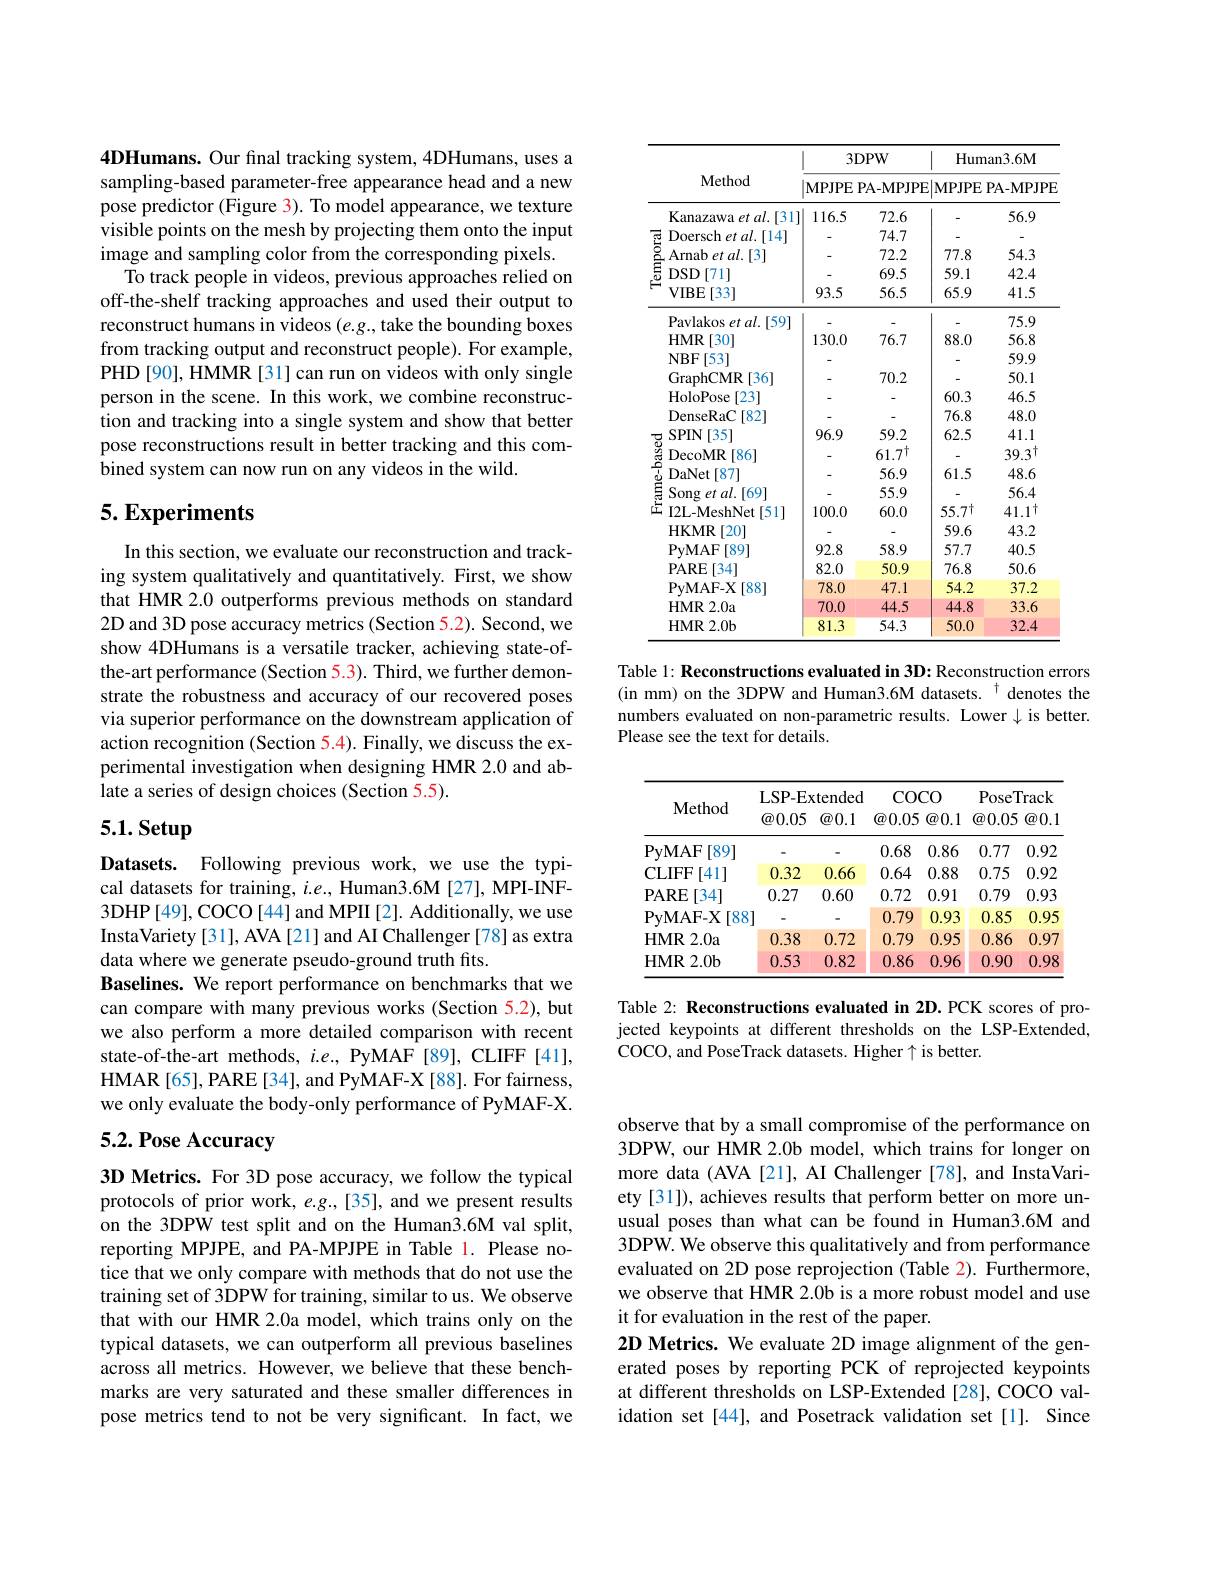
4DHumans. Our final tracking system, 4DHumans, uses a sampling-based parameter-free appearance head and a new pose predictor (Figure 3). To model appearance, we texture visible points on the mesh by projecting them onto the input image and sampling color from the corresponding pixels.
To track people in videos, previous approaches relied on off-the-shelf tracking approaches and used their output to reconstruct humans in videos $(e.g.$,take the bounding boxes from tracking output and reconstruct people). For example, PHD [90], HMMR [31] can run on videos with only single person in the scene. In this work, we combine reconstruction and tracking into a single system and show that better pose reconstructions result in better tracking and this combined system can now run on any videos in the wild.

## $5. \textbf{Experiments}$

In this section, we evaluate our reconstruction and tracking system qualitatively and quantitatively. First, we show that HMR 2.0 outperforms previous methods on standard 2D and 3D pose accuracy metrics (Section 5.2). Second, we show 4DHumans is a versatile tracker, achieving state-ofthe-art performance (Section 5.3). Third, we further demonstrate the robustness and accuracy of our recovered poses via superior performance on the downstream application of action recognition (Section 5.4). Finally, we discuss the experimental investigation when designing HMR 2.0 and ablate a series of design choices (Section 5.5).

# 5.1. Setup

Datasets. Following previous work, we use the typical datasets for training, $i.e.$, Human3.6M [27], MPI-INF- 3DHP[49],COCO[44] and MPII[2]. Additionally, we use InstaVariety [31], AVA [21] and AI Challenger [78] as extra data where we generate pseudo-ground truth fits.
Baselines. We report performance on benchmarks that we can compare with many previous works (Section 5.2), but we also perform a more detailed comparison with recent state-of-the-art methods, $i.e.$, PyMAF[89], CLIFF[41], HMAR[65], PARE[34], and PyMAF-X[88]. For fairness, we only evaluate the body-only performance of PyMAF-X.

# 5.2. Pose Accuracy

3D Metrics. For 3D pose accuracy, we follow the typical protocols of prior work, $e.g.,[35]$, and we present results on the 3DPW test split and on the Human3.6M val split, reporting MPJPE, and PA-MPJPE in Table 1. Please notice that we only compare with methods that do not use the training set of 3DPW for training, similar to us. We observe that with our HMR 2.0a model, which trains only on the typical datasets, we can outperform all previous baselines across all metrics. However, we believe that these benchmarks are very saturated and these smaller differences in pose metrics tend to not be very significant. In fact, we

<table>
	<tbody>
		<tr>
			<th rowspan="2">Method</th>
			<th colspan="2">$3DPW$</th>
			<th colspan="2">Human3.6M</th>
		</tr>
		<tr>
			<th colspan="4">|MPJPE PA-MPJPE|MPJPE PA-MPJPE</th>
		</tr>
		<tr>
			<td>Kanazawa et al.[31]</td>
			<td>116.5</td>
			<td>72.6</td>
			<td> </td>
			<td>56.9</td>
		</tr>
		<tr>
			<td>Doersch et al.「14</td>
			<td> </td>
			<td>74.7</td>
			<td> </td>
			<td> </td>
		</tr>
		<tr>
			<td>$\operatorname{Arnab}etal.[3]$</td>
			<td> </td>
			<td>72.2</td>
			<td>77.8</td>
			<td>54.3</td>
		</tr>
		<tr>
			<td>$DSD$ )[71]</td>
			<td> </td>
			<td>69.5</td>
			<td>59.1</td>
			<td>42.4</td>
		</tr>
		<tr>
			<td>$VIBE$ $\exists[33]$</td>
			<td>93.5</td>
			<td>56.5</td>
			<td>65.9</td>
			<td>41.5</td>
		</tr>
		<tr>
			<td>Pavlakos et al.[59]</td>
			<td> </td>
			<td> </td>
			<td> </td>
			<td>75.9</td>
		</tr>
		<tr>
			<td>[30] HMR</td>
			<td>130.0</td>
			<td>76.7</td>
			<td>88.0</td>
			<td>56.8</td>
		</tr>
		<tr>
			<td>$NBF$ [53]</td>
			<td> </td>
			<td> </td>
			<td> </td>
			<td>59.9</td>
		</tr>
		<tr>
			<td>GraphCMR [36]</td>
			<td>-</td>
			<td>70.2</td>
			<td> </td>
			<td>50.1</td>
		</tr>
		<tr>
			<td>HoloPose [23]</td>
			<td>-</td>
			<td> </td>
			<td>60.3</td>
			<td>46.5</td>
		</tr>
		<tr>
			<td>DenseRaC [82]</td>
			<td>-</td>
			<td> </td>
			<td>76.8</td>
			<td>48.0</td>
		</tr>
		<tr>
			<td>$SPIN$ [35]</td>
			<td>96.9</td>
			<td>59.2</td>
			<td>62.5</td>
			<td>41.1</td>
		</tr>
		<tr>
			<td>DecoMR [86]</td>
			<td> </td>
			<td>$61.7^{\dagger}$</td>
			<td> </td>
			<td>$39.3^{\dagger}$</td>
		</tr>
		<tr>
			<td>DaNet [87]</td>
			<td> </td>
			<td>56.9</td>
			<td>61.5</td>
			<td>48.6</td>
		</tr>
		<tr>
			<td>$\operatorname { Song} \textit{et al. [ 69] }$</td>
			<td> </td>
			<td>55.9</td>
			<td> </td>
			<td>56.4</td>
		</tr>
		<tr>
			<td>I2L- MeshNet [51]</td>
			<td>100.0</td>
			<td>60.0</td>
			<td>$55.7^{\dagger}$</td>
			<td>$41.1^{\dagger}$</td>
		</tr>
		<tr>
			<td>HKMR [20]</td>
			<td>-</td>
			<td> </td>
			<td>59.6</td>
			<td>43.2</td>
		</tr>
		<tr>
			<td>PyMAF [89]</td>
			<td>92.8</td>
			<td>58.9</td>
			<td>57.7</td>
			<td>40.5</td>
		</tr>
		<tr>
			<td>PARE [34]</td>
			<td>82.0</td>
			<td>50.9</td>
			<td>76.8</td>
			<td>50.6</td>
		</tr>
		<tr>
			<td>PyMAF- X [88]</td>
			<td>78.0</td>
			<td>47.1</td>
			<td>54.2</td>
			<td>37.2</td>
		</tr>
		<tr>
			<td>HMR2. 0a</td>
			<td>70.0</td>
			<td>44.5</td>
			<td>44.8</td>
			<td>33.6</td>
		</tr>
		<tr>
			<td>HMR2. 0b</td>
			<td>81.3</td>
			<td>54.3</td>
			<td>50.0</td>
			<td>32.4</td>
		</tr>
	</tbody>
</table>

Table 1: Reconstructions evaluated in 3D: Reconstruction errors (in mm) on the 3DPW and Human3.6M datasets. $^{\dagger}$ denotes the numbers evaluated on non-parametric results. Lower $\downarrow$ is better. Please see the text for details.

<table>
	<tbody>
		<tr>
			<th>$\mathbf{Method}$</th>
			<th>LSP- Ex $\textcircled{a}0.05$</th>
			<th>xtended $\textcircled{a}0.1$</th>
			<th>CO $\textcircled{a}0.05$</th>
			<th>$CO$ $\textcircled{a}0.1$</th>
			<th>PoseT $\textcircled{a}0.05$</th>
			<th>$\Gamma rack$ $\textcircled{a}0.1$</th>
		</tr>
		<tr>
			<td>$\mathbf{PyMAF}$ [89]</td>
			<td>-</td>
			<td> </td>
			<td>0.68</td>
			<td>0.86</td>
			<td>0.77</td>
			<td>0.92</td>
		</tr>
		<tr>
			<td>[41] CLIFF</td>
			<td>0.32</td>
			<td>0.66</td>
			<td>0.64</td>
			<td>0.88</td>
			<td>0.75</td>
			<td>0.92</td>
		</tr>
		<tr>
			<td>$\mathbf{PARE}$ [34]</td>
			<td>0.27</td>
			<td>0.60</td>
			<td>0.72</td>
			<td>0.91</td>
			<td>0.79</td>
			<td>0.93</td>
		</tr>
		<tr>
			<td>$\mathbf{PyMAF-X}$ [88</td>
			<td>l</td>
			<td>-</td>
			<td>0.79</td>
			<td>0.93</td>
			<td>0.85</td>
			<td>0.95</td>
		</tr>
		<tr>
			<td>$HMR$ :2.0a </td>
			<td>0.38</td>
			<td>0.72</td>
			<td>0.79</td>
			<td>0.95</td>
			<td>0.86</td>
			<td>0.97</td>
		</tr>
		<tr>
			<td>HMR $2.0\mathbf{b}$</td>
			<td>0.53</td>
			<td>0.82</td>
			<td>0.86</td>
			<td>0.96</td>
			<td>0.90</td>
			<td>0.98</td>
		</tr>
	</tbody>
</table>

Table 2: Reconstructions evaluated in 2D. PCK scores of projected keypoints at different thresholds on the LSP-Extended, COCO, and PoseTrack datasets. Higher $\uparrow$ is better.

observe that by a small compromise of the performance on 3DPW, our HMR 2.0b model, which trains for longer on more data (AVA[21], AI Challenger [78], and InstaVariety [31]), achieves results that perform better on more unusual poses than what can be found in Human3.6M and 3DPW. We observe this qualitatively and from performance evaluated on 2D pose reprojection (Table 2). furthermore, we observe that HMR 2.0b is a more robust model and use it for evaluation in the rest of the paper.
2D Metrics. We evaluate 2D image alignment of the generated poses by reporting PCK of reprojected keypoints at different thresholds on LSP-Extended [28], COCO validation set[44], and Posetrack validation set[1]. Since